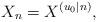
LaTeX: \begin{align*}X_n=X^{(u_0|n)},\end{align*}